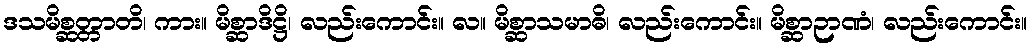
ဒသမိစ္ဆတ္တာတိ၊ ကား။ မိစ္ဆာဒိဋ္ဌိ၊ လည်းကောင်း။ လ။ မိစ္ဆာသမာဓိ၊ လည်းကောင်း။ မိစ္ဆာဉာဏံ၊ လည်းကောင်း။